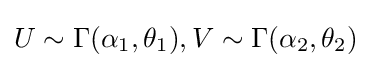
U\sim \Gamma (\alpha _{1},\theta _{1}),V\sim \Gamma (\alpha _{2},\theta _{2})